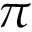
\pi